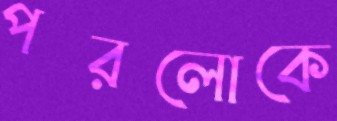
পরলোকে